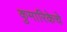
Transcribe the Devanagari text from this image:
कुमारिकेचे